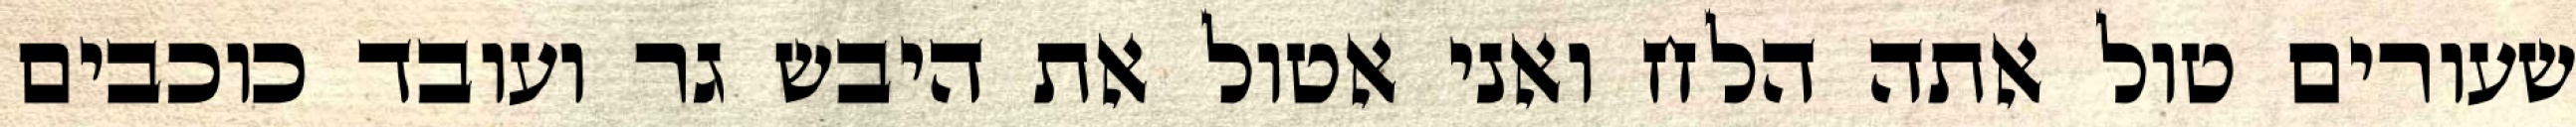
שעורים טול אתה הלח ואני אטול את היבש גר ועובד כוכבים